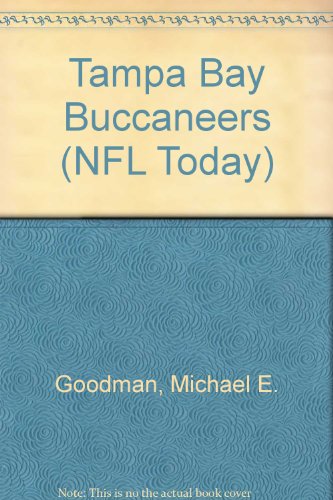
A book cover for Tampa Bay Buccaneers (NFL Today); Michael E. Goodman; Teen & Young Adult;